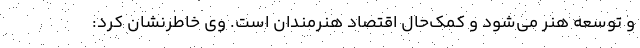
و توسعه هنر می‌شود و کمک‌حال اقتصاد هنرمندان است. وی خاطرنشان کرد: